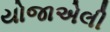
યોજાએલી